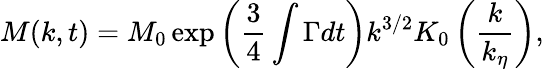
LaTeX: M(k,t)=M_{0}\exp\left(\frac{3}{4}\int\Gamma dt\right)k^{3/2}K_{0}\left(\frac{k}{k_{\eta}}\right),